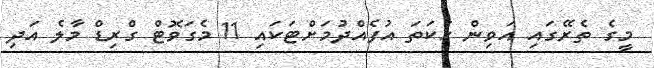
މީގެ ތެރޭގައި އަވިން ހަކަތަ އުފެއްދުމަށްޓަކައި 11 މެގަވޮޓް ގްރިޑް މާލެ އަދި